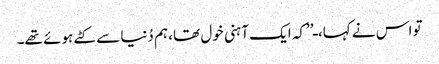
تو اس نے کہا، ـ’’کہ ایک آہنی خول تھا، ہم دُنیا سے کٹے ہوئے تھے۔